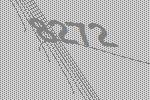
8272